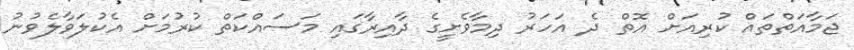
ޖަމާއަތްތައް ކުރިއަށް އޮތް ދެ އަހަރު ދިމާވެށީގެ ދާއިރާގައި މަސައްކަތް ކުރުމަށް އެކުލަވާލެވުނު